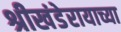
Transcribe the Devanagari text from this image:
श्रीखंडेरायाच्या